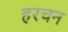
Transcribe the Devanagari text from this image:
हरचन